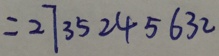
= 2 7 3 5 2 4 5 6 3 2